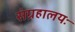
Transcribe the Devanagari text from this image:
संग्रहालयः